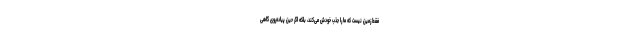
فقط زمین نیست که ما را جذب خودش می‌کند، بلکه اگر حین پیاده‌روی گاهی